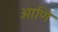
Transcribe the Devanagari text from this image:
आणि